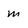
Character: m